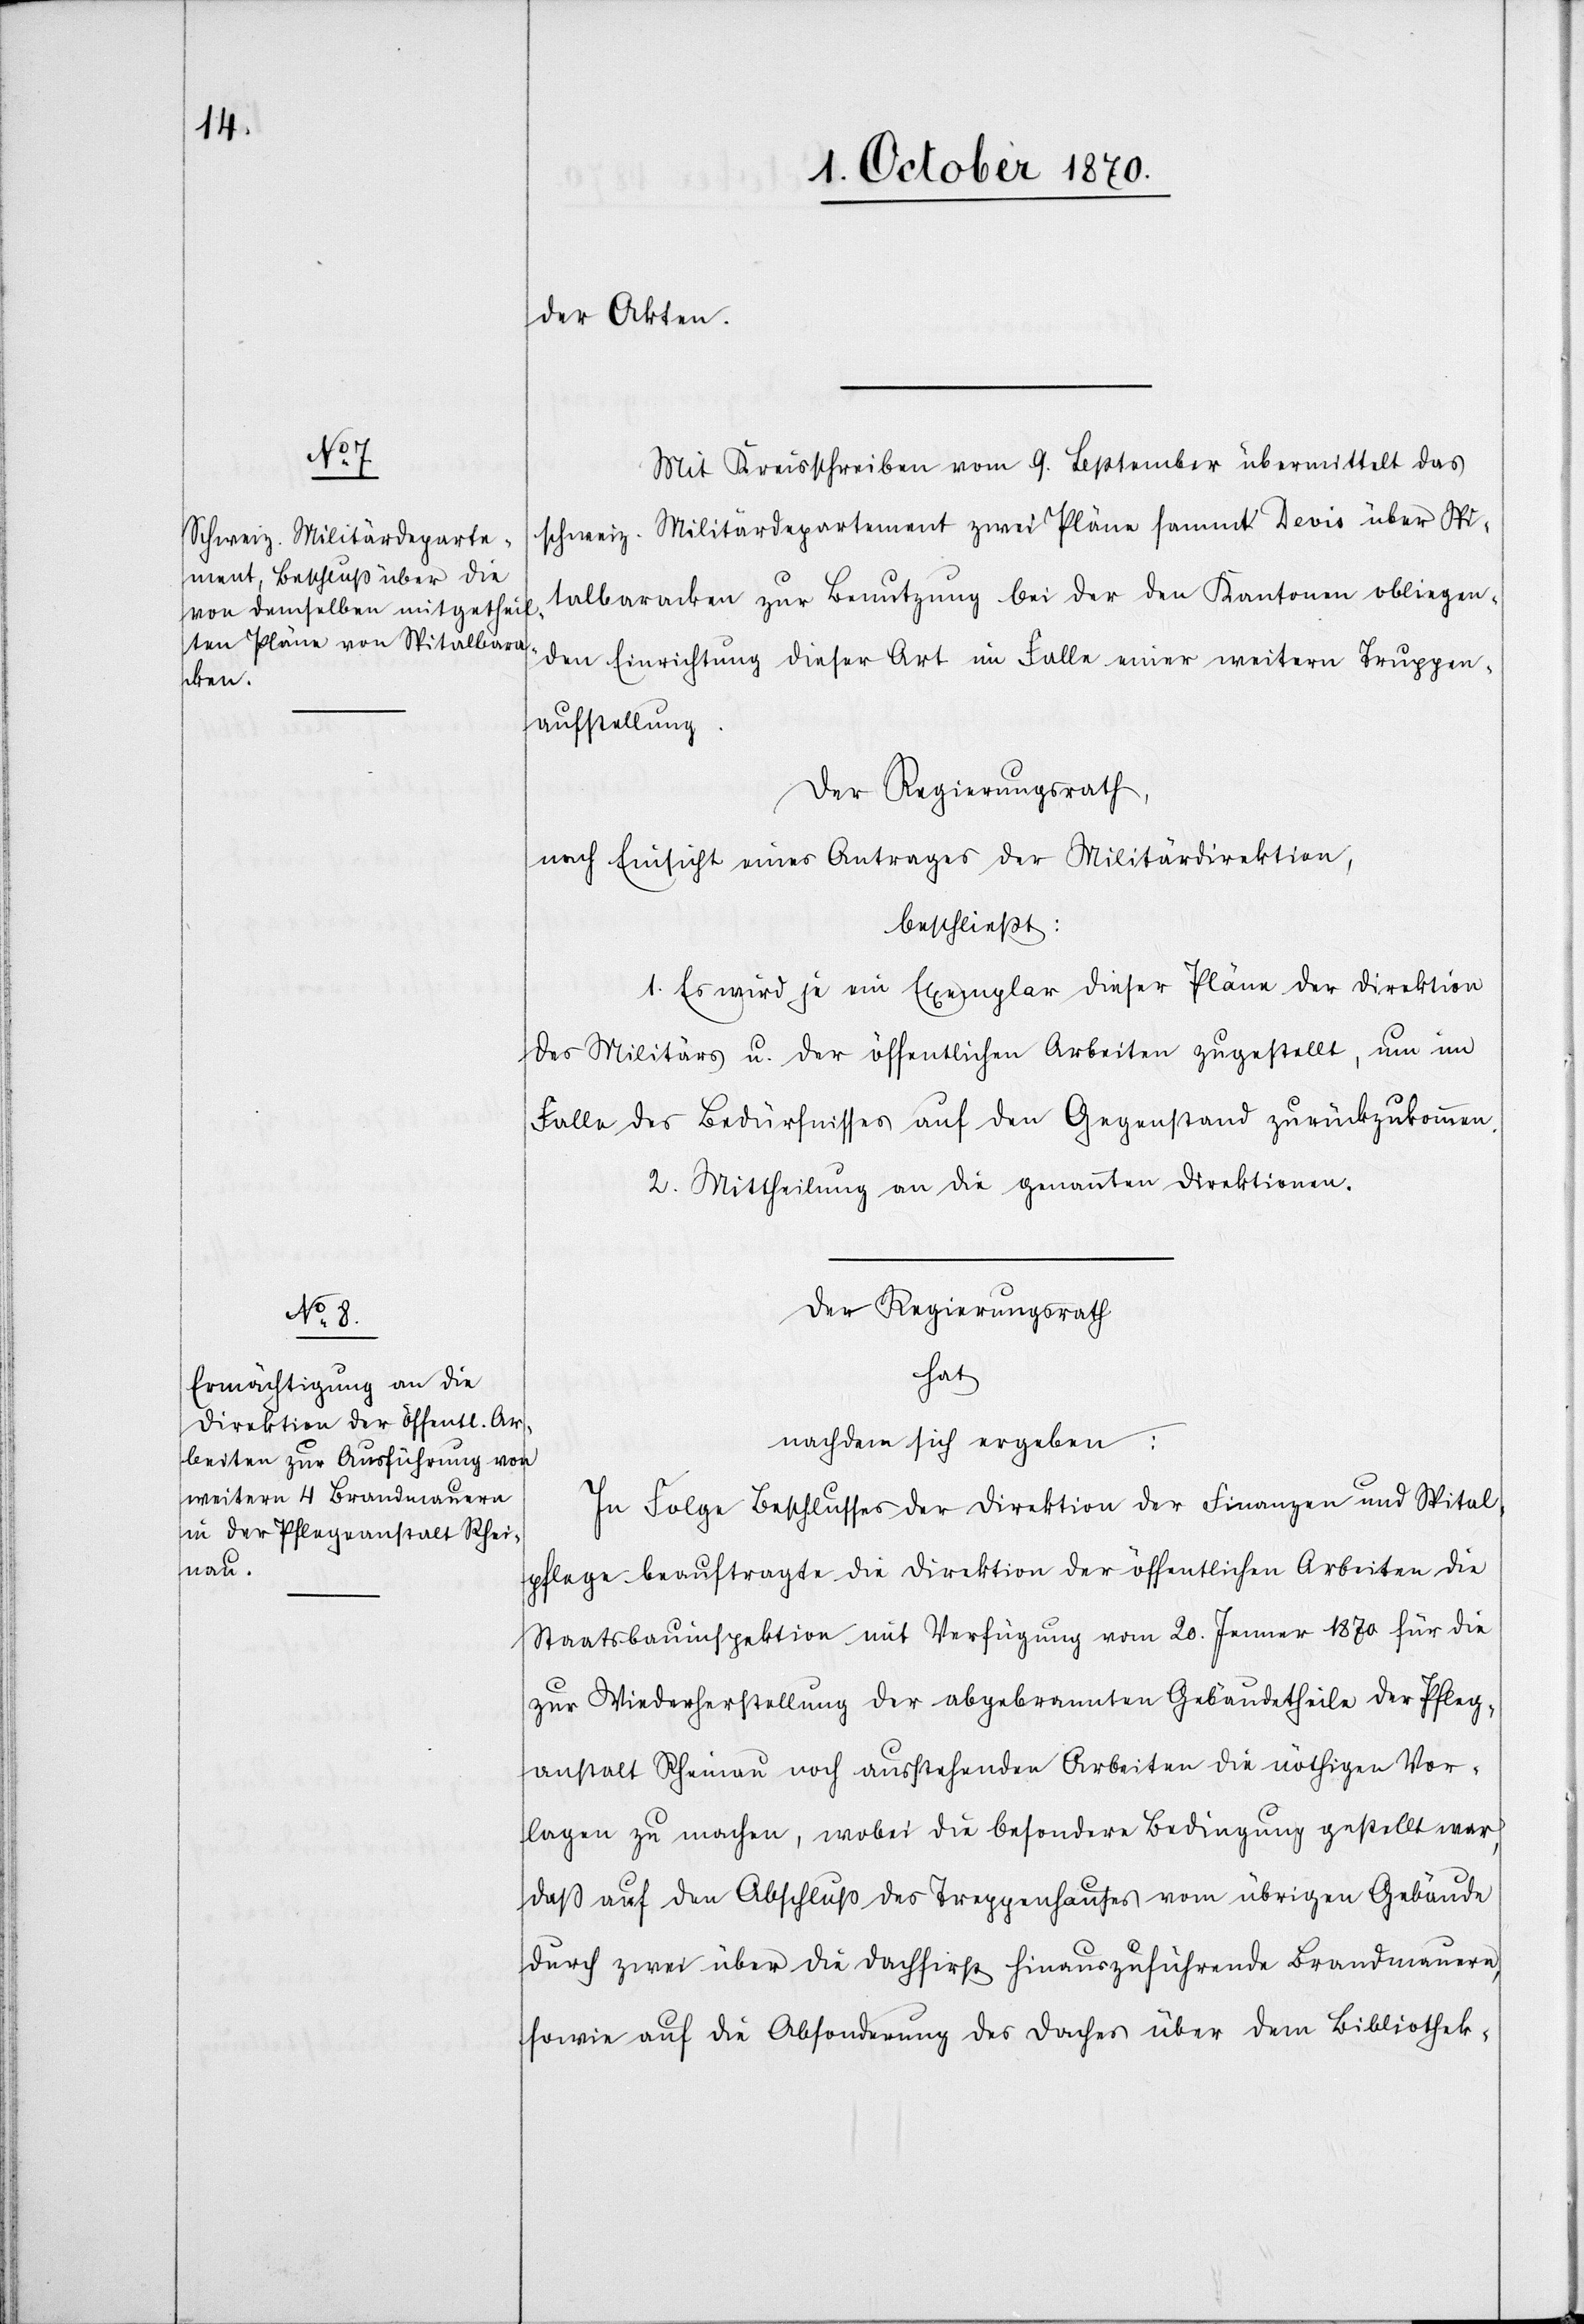
der Akten.
Mit Kreisschreiben vom 9. September übermittelt das
schweiz. Militärdepartement zwei Pläne sammt Devis über Spi¬
talbaracken zur Benutzung bei der den Kantonen obliegen¬
den Einrichtung dieser Art im Falle einer weitern Truppen¬
aufstellung.
Der Regierungsrath,
nach Einsicht eines Antrages der Militärdirektion,
beschließt:
1. Es wird je ein Exemplar dieser Pläne der Direktion
des Militärs u. der öffentlichen Arbeiten zugestellt, um im
Falle des Bedürfnisses auf den Gegenstand zurückzukommen.
2. Mittheilung an die genannten Direktionen.
Der Regierungsrath
hat
nachdem sich ergeben:
In Folge Beschlusses der Direktion der Finanzen und Spital¬
pflege beauftragte die Direktion der öffentlichen Arbeiten die
Staatsbauinspektion mit Verfügung vom 20. Jenner 1870 für die
zur Wiederherstellung der abgebrannten Gebäudetheile der Pfleg¬
anstalt Rheinau noch ausstehenden Arbeiten die nöthigen Vor¬
lagen zu machen, wobei die besondere Bedingung gestellt war,
daß auf den Abschluß des Treppenhauses vom übrigen Gebäude
sowie auf die Absonderung des Daches über dem Bibliothek-